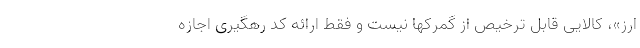
ارز»، کالایی قابل ترخیص از گمرکها نیست و فقط ارائه کد رهگیری اجازه